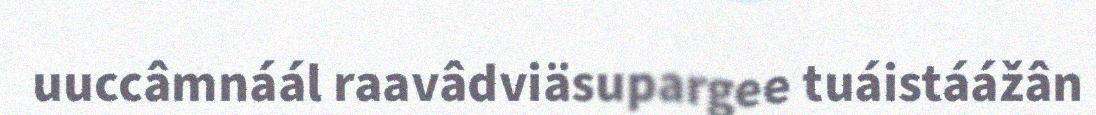
uuccâmnáál raavâdviäsupargee tuáistáážân